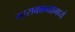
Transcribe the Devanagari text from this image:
माराकान्यामध्ये